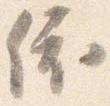
依